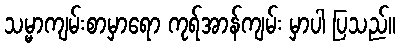
သမ္မာကျမ်းစာမှာရော ကုရ်အာန်ကျမ်း မှာပါ ပြသည်။